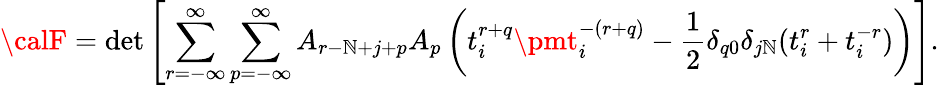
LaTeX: {\calF}=\operatorname*{det}\left[\sum_{r=-{\infty}}^{\infty}\sum_{p=-{\infty}}^{\infty}A_{r-\mathbb{N}+j+p}A_{p}\left(t_{i}^{r+q}\pmt_{i}^{-(r+q)}-\frac{{1}}{{2}}\delta_{q0}\delta_{j\mathbb{N}}(t_{i}^{r}+t_{i}^{-r})\right)\right].